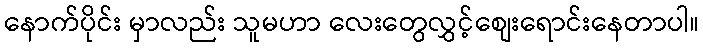
နောက်ပိုင်း မှာလည်း သူမဟာ လေးတွေလွှင့်စျေးရောင်းနေတာပါ။